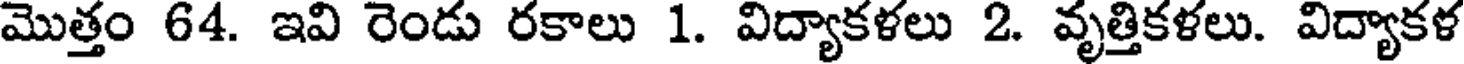
మొత్తం 64. ఇవి రెండు రకాలు 1. విద్యాకళలు 2. వృత్తికళలు. విద్యాకళ